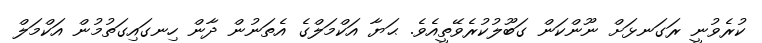
ކުރެވުނީ ރަގަނޅަށް ނޫންކަން ގަބޫލުކުރެވޭތީއެވެ. ޙަޔާ އަކްމަލްގެ އެތަނުން ދާން ހިނގައިގަތުމުން އަކްމަލް